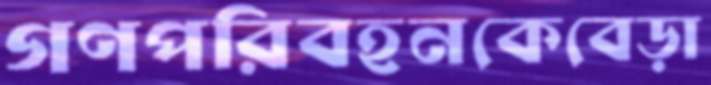
গণপরিবহনকেবেড়া